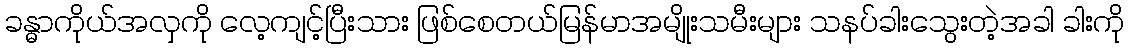
ခန္ဓာကိုယ်အလှကို လေ့ကျင့်ပြီးသား ဖြစ်စေတယ်မြန်မာအမျိုးသမီးများ သနပ်ခါးသွေးတဲ့အခါ ခါးကို